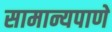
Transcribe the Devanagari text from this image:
सामान्यपाणे